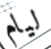
ليام